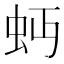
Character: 𧉄